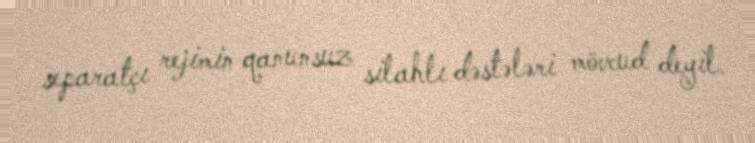
separatçı rejimin qanunsuz silahlı dəstələri mövcud deyil.